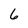
Character: 6